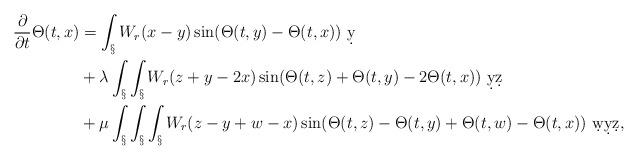
LaTeX: \begin{align*}\frac{\partial}{\partial t}\Theta(t,x) &= \int_\S W_r(x-y) \sin(\Theta(t,y)-\Theta(t,x))\ \d y\\&+ \lambda \int_\S\int_\S W_r(z+y-2x) \sin(\Theta(t,z)+\Theta(t,y) - 2\Theta(t,x))\ \d y\d z\\&+ \mu\int_\S\int_\S\int_\S W_r(z-y+w-x) \sin(\Theta(t,z)-\Theta(t,y)+\Theta(t,w)-\Theta(t,x))\ \d w \d y \d z,\end{align*}